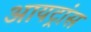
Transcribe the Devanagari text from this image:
आयट्रांस